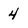
Character: 4